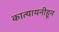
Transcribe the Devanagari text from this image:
कात्यायनीहून